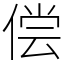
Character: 偿